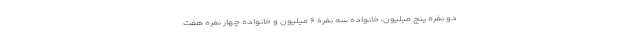
دو نفره پنج میلیون، خانواده سه نفره ۶ میلیون و خانواده چهار نفره هفت